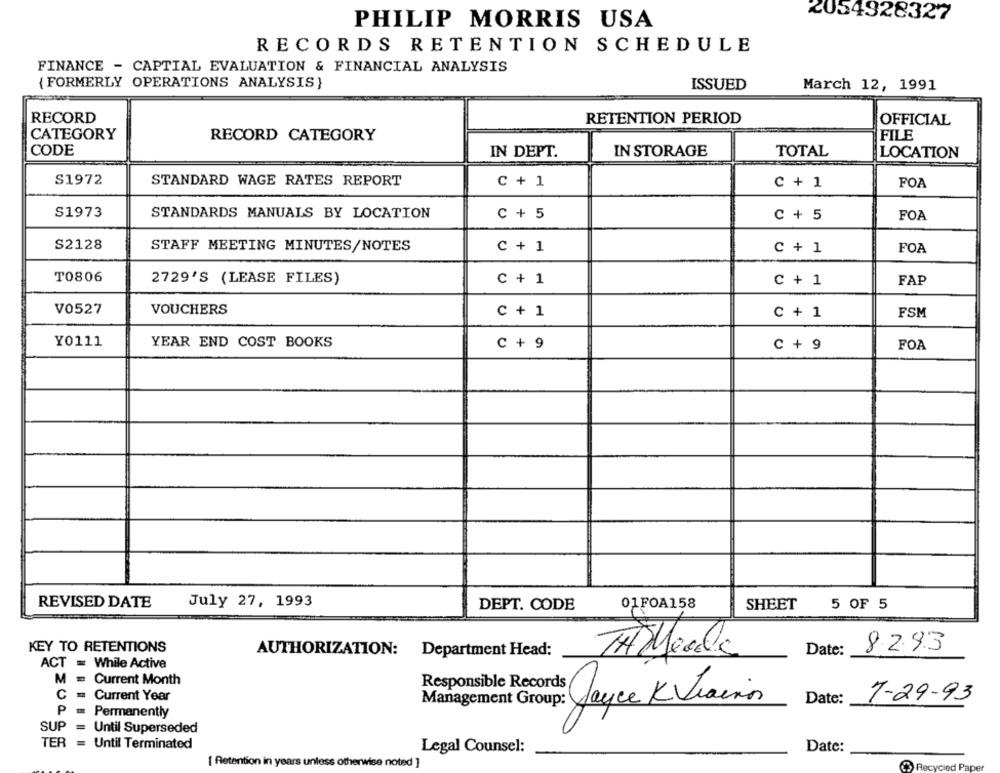
2054928327
PHILIP MORRIS USA
RECORDS RETENTION SCHEDULE
FINANCE - CAPTIAL EVALUATION & FINANCIAL ANALYSIS
(FORMERLY OPERATIONS ANALYSIS }
ISSUED
March 12, 1991
RECORD
RETENTION PERIOD
OFFICIAL
CATEGORY
RECORD CATEGORY
FILE
CODE
IN DEPT.
IN STORAGE
TOTAL
LOCATION
S1972
STANDARD WAGE RATES REPORT
C + 1
C + 1
FOA
S1973
STANDARDS MANUALS BY LOCATION
C + 5
C+ 5
FOA
S2128
STAFF MEETING MINUTES/NOTES
C + 1
C + 1
FOA
T0806
2729'S (LEASE FILES)
C + 1
C + 1
FAP
V0527
VOUCHERS
C + 1
C + 1
FSM
Y0111
YEAR END COST BOOKS
C + 9
C + 9
FOA
REVISED DATE
July 27, 1993
DEPT. CODE
01FOA158
SHEET
5 OF 5
KEY TO RETENTIONS
8293
AUTHORIZATION:
Department Head:
Date:
ACT = While Active
M=
Current Month
Responsible Records/
C
= Current Year
Joyce KViainn
Date:
1-29-93
P
Permanently
SUP
Until Superseded
TER
Until Terminated
Legal Counsel:
Date:
[ Retention in years unless otherwise noted ]
Recycled Paper